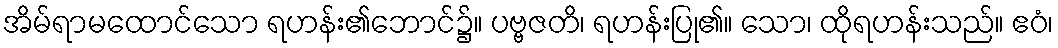
အိမ်ရာမထောင်သော ရဟန်း၏ဘောင်၌။ ပဗ္ဗဇတိ၊ ရဟန်းပြု၏။ သော၊ ထိုရဟန်းသည်။ ဧဝံ၊